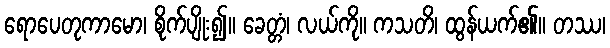
ရောပေတုကာမော၊ စိုက်ပျိုး၍။ ခေတ္တံ၊ လယ်ကို။ ကသတိ၊ ထွန်ယက်၏။ တဿ၊